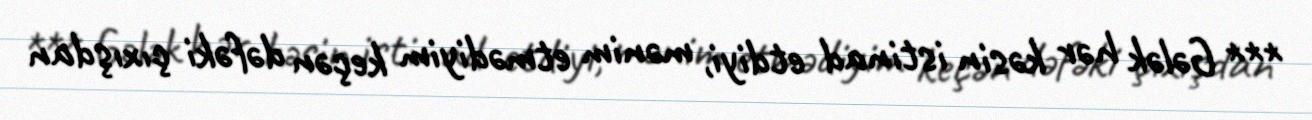
*** Gələk hər kəsin istinad etdiyi, mənim etmədiyim keçən dəfəki çıxışdan